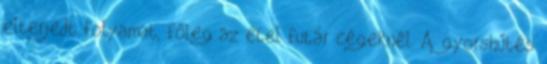
elterjedt folyamat, főleg az étel futár cégeknél. A gyorshűtés